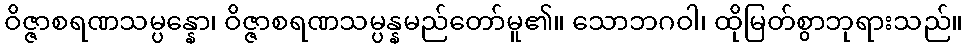
ဝိဇ္ဇာစရဏသမ္ပန္နော၊ ဝိဇ္ဇာစရဏသမ္ပန္နမည်တော်မူ၏။ သောဘဂဝါ၊ ထိုမြတ်စွာဘုရားသည်။